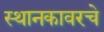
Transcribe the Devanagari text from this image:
स्थानकावरचे